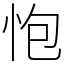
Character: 怉